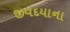
જીવદયાના